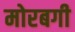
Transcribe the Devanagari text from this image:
मोरबगी